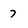
Character: 7